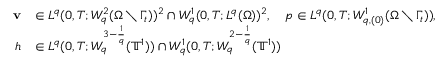
\begin{array} { r l } { \mathbf { v } } & { \in L ^ { q } ( 0 , T ; W _ { q } ^ { 2 } ( \Omega \setminus \Gamma _ { t } ) ) ^ { 2 } \cap W _ { q } ^ { 1 } ( 0 , T ; L ^ { q } ( \Omega ) ) ^ { 2 } , \quad p \in L ^ { q } ( 0 , T ; W _ { q , ( 0 ) } ^ { 1 } ( \Omega \setminus \Gamma _ { t } ) ) , } \\ { h } & { \in L ^ { q } ( 0 , T ; W _ { q } ^ { 3 - \frac 1 q } ( \ensuremath { \mathbb { T } } ^ { 1 } ) ) \cap W _ { q } ^ { 1 } ( 0 , T ; W _ { q } ^ { 2 - \frac 1 q } ( \ensuremath { \mathbb { T } } ^ { 1 } ) ) } \end{array}